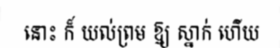
នោះ ក៏ យល់ព្រម ឱ្យ ស្នាក់ ហើយ